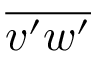
\overline { { v ^ { \prime } w ^ { \prime } } }